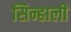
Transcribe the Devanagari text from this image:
सिन्हाली